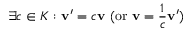
\exists c \in K : \mathbf { v } ^ { \prime } = c \mathbf { v } { \mathrm { ~ ( o r ~ } } \mathbf { v } = { \frac { 1 } { c } } \mathbf { v } ^ { \prime } { \mathrm { ) } }